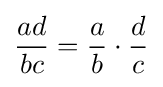
{\frac {ad}{bc}}={\frac {a}{b}}\cdot {\frac {d}{c}}